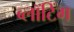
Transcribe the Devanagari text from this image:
ब्लॉटिंग